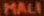
MALI